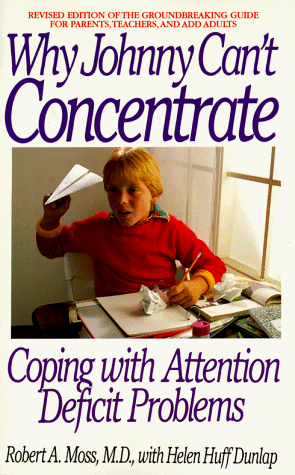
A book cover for Why Johnny Can't Concentrate: Coping With Attention Deficit Problems; Robert A. Moss; Parenting & Relationships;